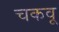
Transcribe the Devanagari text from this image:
चकवू